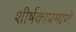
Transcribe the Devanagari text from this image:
शीर्षकाप्रमाणे